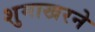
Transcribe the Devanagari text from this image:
शुमाखरने